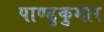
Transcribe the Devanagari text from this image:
पाण्डुकुमार